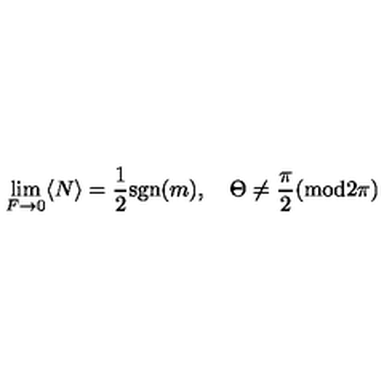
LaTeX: \lim _ { F \to 0 } \langle N \rangle = { \frac { 1 } { 2 } } \mathrm { s g n } ( m ) , \quad \Theta \neq \frac { \pi } { 2 } ( \mathrm { m o d } 2 \pi )